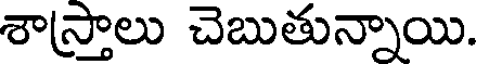
శాస్త్రాలు చెబుతున్నాయి.